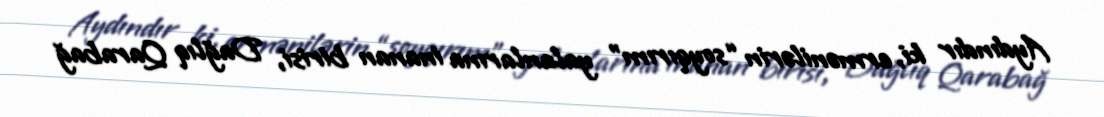
Aydındır ki, ermənilərin “soyqırım” yalanlarına inanan birisi, Dağlıq Qarabağ